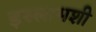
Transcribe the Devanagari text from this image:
इस्लामशी